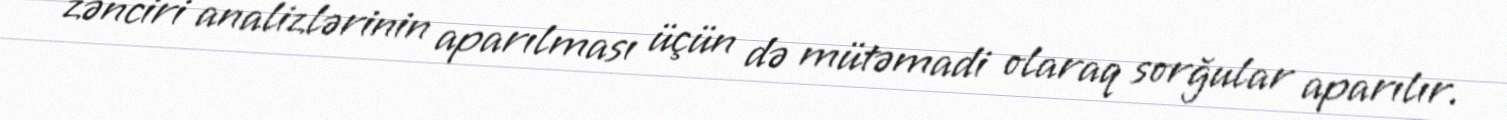
zənciri analizlərinin aparılması üçün də mütəmadi olaraq sorğular aparılır.